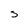
Character: S